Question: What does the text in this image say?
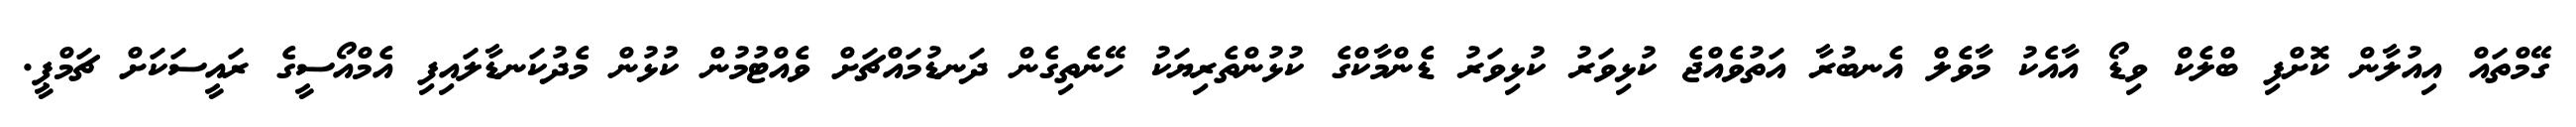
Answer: ގޭމްތައް އިއުލާން ކޮށްފި ބްލެކް ވިޑޯ އާއެކު މާވެލް އެނބުރާ އަތުވެއްޖެ ކުޅިވަރު ކުޅިވަރު ޑެންމާކްގެ ކުޅުންތެރިޔަކު ހޭނެތިގެން ދަނޑުމައްޗަށް ވެއްޓުމުން ކުޅުން މެދުކަނޑާލައިފި އެމްއޯސީގެ ރައީސަކަށް ޗަމްޕީ.